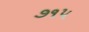
૭૧૫